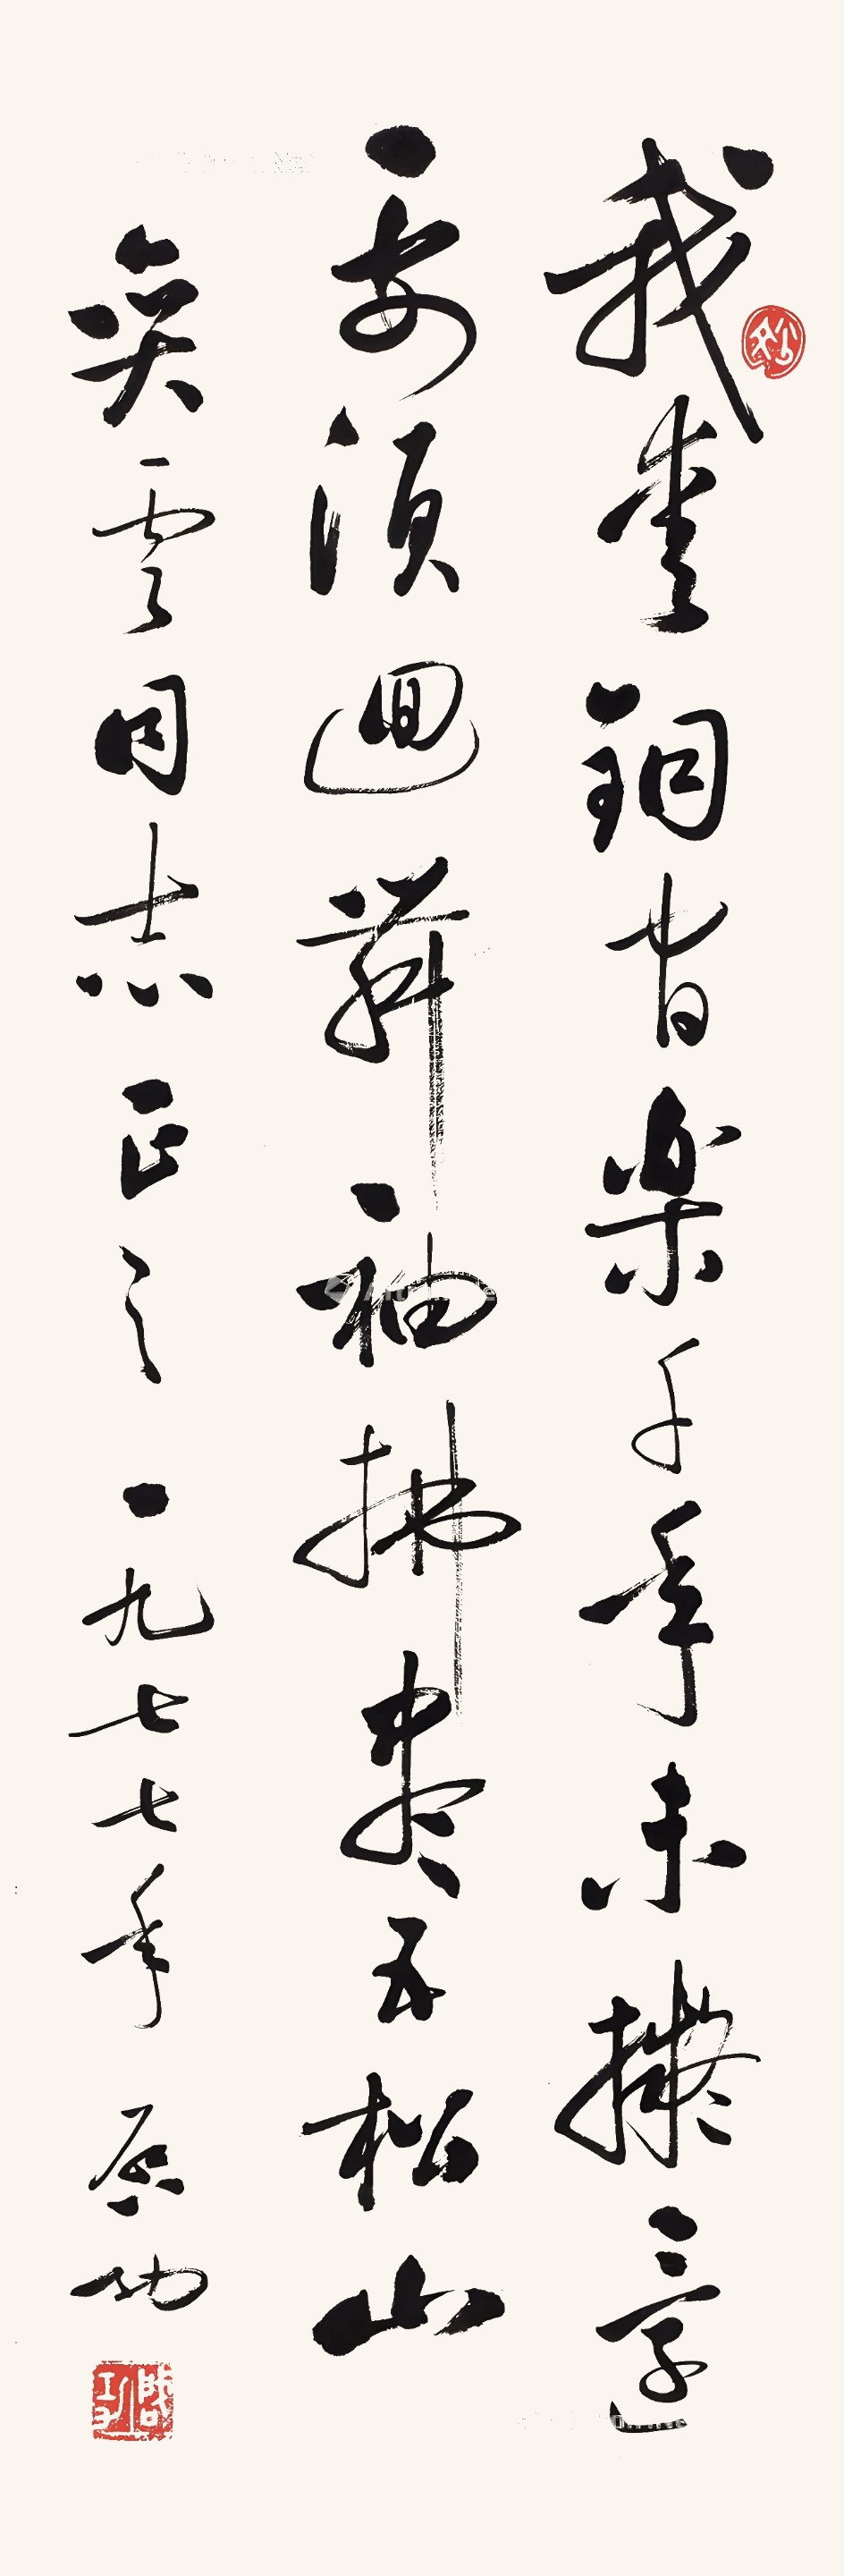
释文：我爱铜官乐,千年未拟还。要须回舞袖,拂尽五松山。奕云同志正之，一九七七年启功。